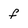
Character: f